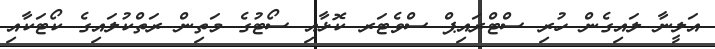
އަލީނާ ލައިގެން ހުރި ސްޓްރައިޕް ސްވެޓަރ ކޮޅާއި ސޯޓުގެ މަތިން ރަތްކުލައިގެ ކޯޓަކާއި